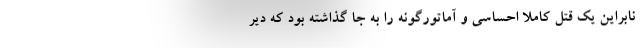
نابراین یک قتل کاملا احساسی و آماتورگونه را به جا گذاشته بود که دیر